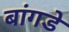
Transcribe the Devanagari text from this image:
बांगडे